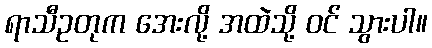
ရာသီဥတုက အေးလို့ အထဲသို့ ဝင် သွားပါ။